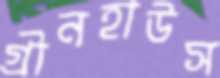
গ্রীনহাউস